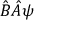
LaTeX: { \hat { B } } { \hat { A } } \psi